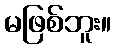
မဖြစ်ဘူး။